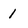
Character: 1